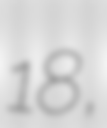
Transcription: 18,